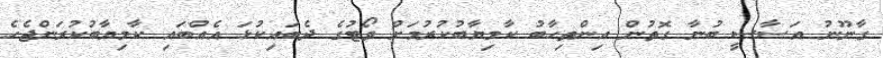
ގާނޫނު އަސާސީ ބުނާ ގޮތުން އިންތިހާބު ކާމިޔާބުކުރުމަށް ވޯޓުގެ ދެބައިކުޅަ އެއްބައި ކާމިޔާބުކުރަންޖެހެ